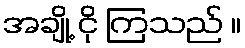
အချို့ ငို ကြသည် ။